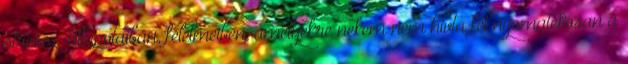
stressz-állapotaiban, félelmeiben, amelyekre nekem nem hívta fel nyomatékosan a